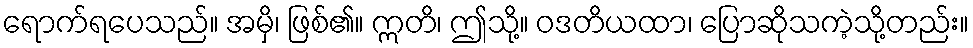
ရောက်ရပေသည်။ အမှိ၊ ဖြစ်၏။ ဣတိ၊ ဤသို့။ ဝဒတိယထာ၊ ပြောဆိုသကဲ့သို့တည်း။